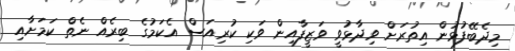
މިދެބޭފުޅުން އިތުރަށް ވިދާޅުވީ ވަޒީފާއިން ވަކި ކުރިއަސް އެކަމުގެ ބިރެއް ނެތް ކަމަށާއި